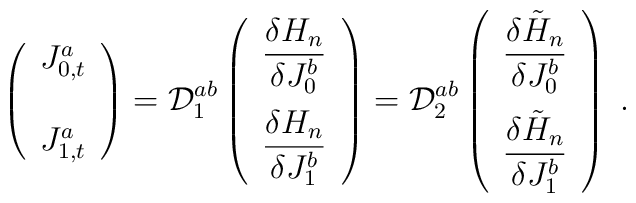
\left(\begin{array}{c}J_{0,t}^{a}\\\noalign{\vspace{15pt}}J_{1,t}^{a}\end{array}\right) = {\cal D}_{1}^{ab} \left(\begin{array}{c}\displaystyle\frac{\delta H_{n}}{\delta J_{0}^{b}}\\\noalign{\vspace{6pt}}\displaystyle\frac{\delta H_{n}}{\delta J_{1}^{b}}\end{array}\right) = {\cal D}_{2}^{ab} \left(\begin{array}{c}\displaystyle\frac{\delta \tilde{H}_{n}}{\delta J_{0}^{b}}\\\noalign{\vspace{6pt}}\displaystyle\frac{\delta \tilde{H}_{n}}{\delta J_{1}^{b}}\end{array}\right)\;.